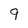
Character: 9